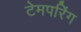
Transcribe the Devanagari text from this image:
टेमपरिंग